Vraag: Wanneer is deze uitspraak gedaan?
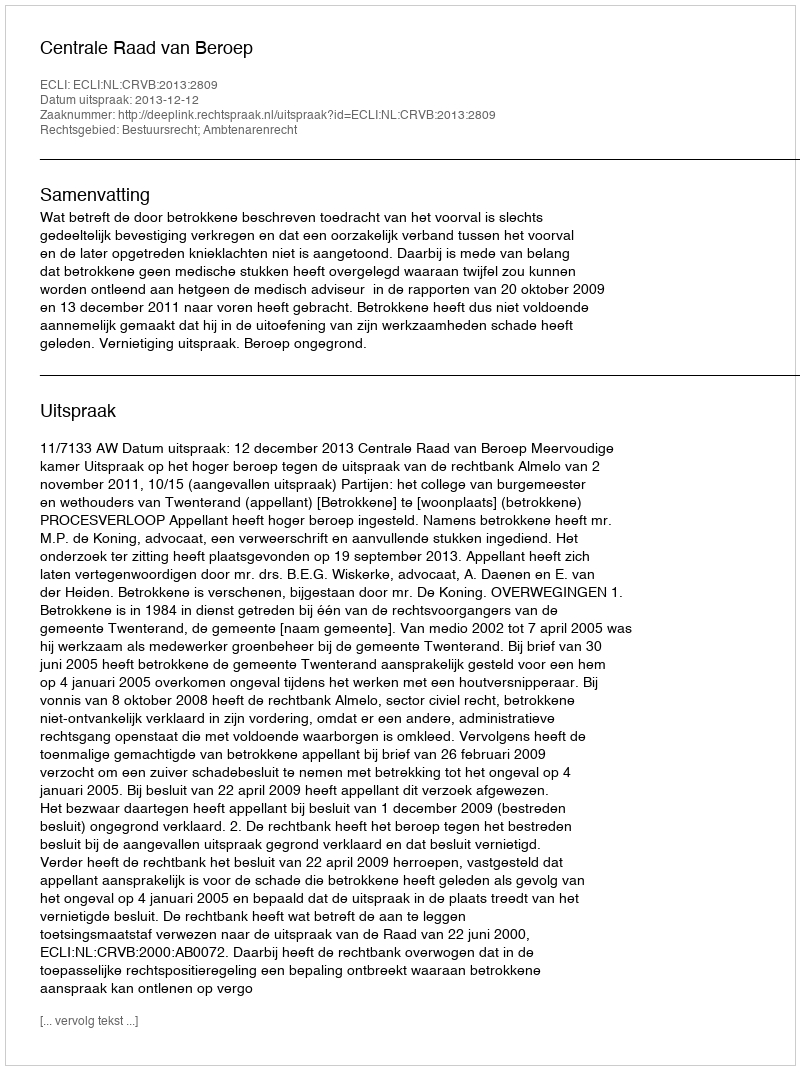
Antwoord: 2013-12-12